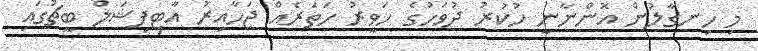
މި ހިނގާލުން އޮންނާނީ ހުކުރު ދުވަހުގެ ހަވީރު ހަތަރެއް ޖަހާއިރު އާޓިފިޝަލް ބީޗުގައި